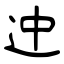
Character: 迚